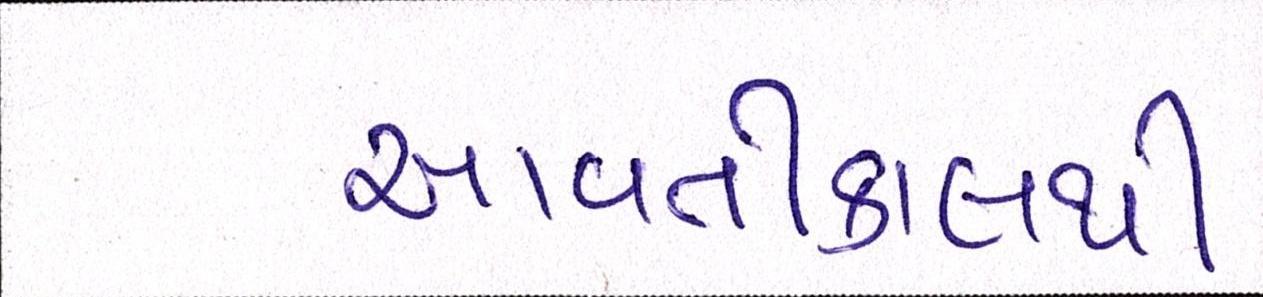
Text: આવતીકાલથી